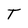
Character: T